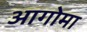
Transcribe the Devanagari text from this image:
आगोमा